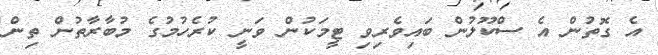
އެ ގޮތުން އެ ސްކޫލުން ބައިވެރިވި ޓީމަކުން ވަނީ ކުރެހުމުގެ މުބާރާތުން ތިން